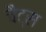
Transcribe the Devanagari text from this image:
चैट्स